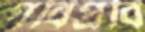
পবিপ্রবি